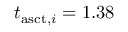
t _ { \mathrm { a s c t } , i } = 1 . 3 8